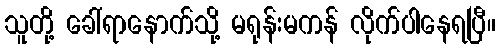
သူတို့ ခေါ်ရာနောက်သို့ မရုန်းမကန် လိုက်ပါနေရပြီ။